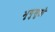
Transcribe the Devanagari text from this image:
भृगुसुतो